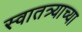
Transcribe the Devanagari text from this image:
स्वातत्र्याच्या